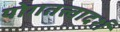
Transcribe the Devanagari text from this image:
योगतत्त्वादर्श